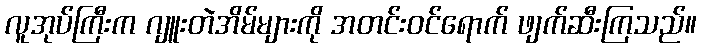
လူအုပ်ကြီးက ဂျူးတဲအိမ်များကို အတင်းဝင်ရောက် ဖျက်ဆီးကြသည်။